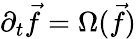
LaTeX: \partial_{t}\vec{f}=\Omega(\vec{f})